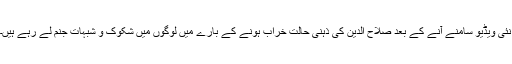
نئی ویڈیو سامنے آنے کے بعد صلاح الدین کی ذہنی حالت خراب ہونے کے بارے میں لوگوں میں شکوک و شبہات جنم لے رہے ہیں۔